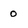
Character: 0